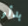
بدأو